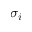
\sigma _ { i }